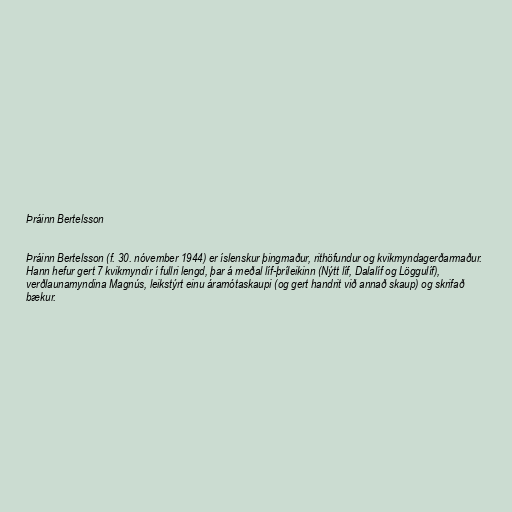
Þráinn Bertelsson

Þráinn Bertelsson (f. 30. nóvember 1944) er íslenskur þingmaður, rithöfundur og kvikmyndagerðarmaður.
Hann hefur gert 7 kvikmyndir í fullri lengd, þar á meðal líf-þríleikinn (Nýtt líf, Dalalíf og Löggulíf),
verðlaunamyndina Magnús, leikstýrt einu áramótaskaupi (og gert handrit við annað skaup) og skrifað
bækur.